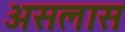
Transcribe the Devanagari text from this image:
असलास